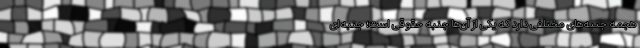
هجمه جنبه‌های مختلفی دارد که یکی از آن‌ها جنبه حقوقی است؛ جنبه‌ای